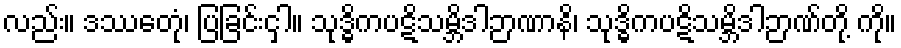
လည်း။ ဒဿေတုံ၊ ပြခြင်းငှါ။ သုဒ္ဓိကပဋိသမ္ဘိဒါဉာဏာနိ၊ သုဒ္ဓိကပဋိသမ္ဘိဒါဉာဏ်တို့ ကို။